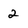
Character: 2